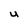
Character: U